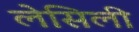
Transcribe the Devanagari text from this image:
लेसिली